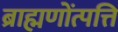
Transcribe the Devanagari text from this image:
ब्राह्मणोंत्पत्ति